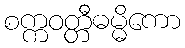
စက္ကဝတ္တီဓမ္မိကော